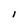
Character: l